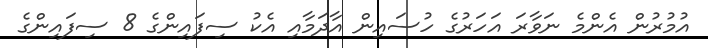
އުމުރުން އެންމެ ނަވާރަ އަހަރުގެ ހުސައިން އާދަމާއި އެކު ސިފައިންގެ 8 ސިފައިންގެ